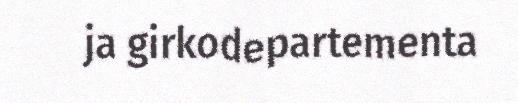
ja girkodepartementa